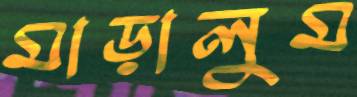
মাড়ালুম